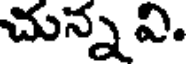
చున్న వి.